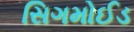
સિગમોઈડ